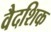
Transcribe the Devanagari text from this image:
वैदशिक